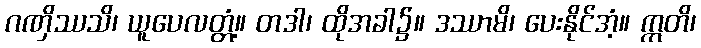
ဂဏှိဿသိ၊ ယူပေလတ္တံ့။ တဒါ၊ ထိုအခါ၌။ ဒဿာမိ၊ ပေးနိုင်အံ့။ ဣတိ၊